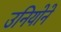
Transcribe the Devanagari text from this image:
उनियोने